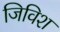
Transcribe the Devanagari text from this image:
जिविश